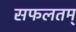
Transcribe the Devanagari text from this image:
सफलतम्